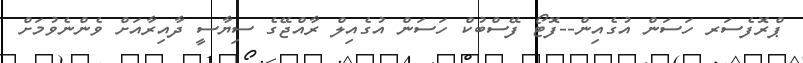
ޕްރޮފެސަރ ހަސަން އުގެއިން--ފޮޓޯ ފޭސްބުކް ހަސަން އުގެއިލް ރާއްޖޭގެ ސިޔާސީ ދާއިރާއަށް ވެންނެވުމަށް